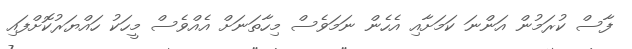
ފާސް ކުރަމުން އަންނަ ކަމަށާއި އެހެން ނަމަވެސް މިހާތަނަށް އެއްވެސް މީހަކު ހައްޔަރުކޮށްފައި